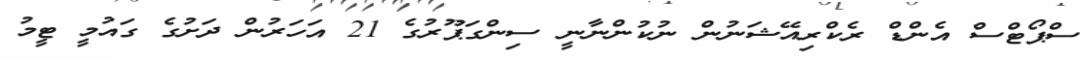
ސްޕޯޓްސް އެންޑް ރެކްރިއޭޝަނުން ނުކުންނާނީ ސިންގަޕޫރުގެ 21 އަހަރުން ދަށުގެ ގައުމީ ޓީމު